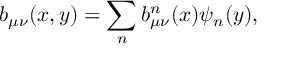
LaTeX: b _ { \mu \nu } ( x , y ) = \sum _ { n } b _ { \mu \nu } ^ { n } ( x ) \psi _ { n } ( y ) ,